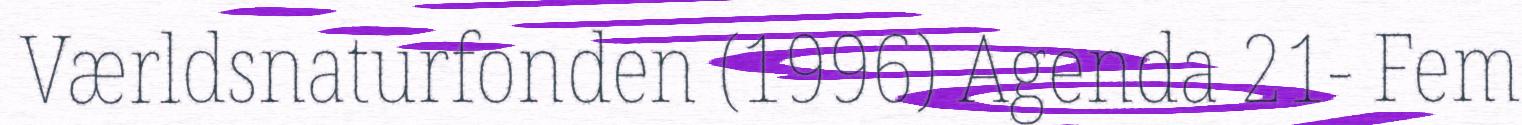
Værldsnaturfonden (1996) Agenda 21- Fem